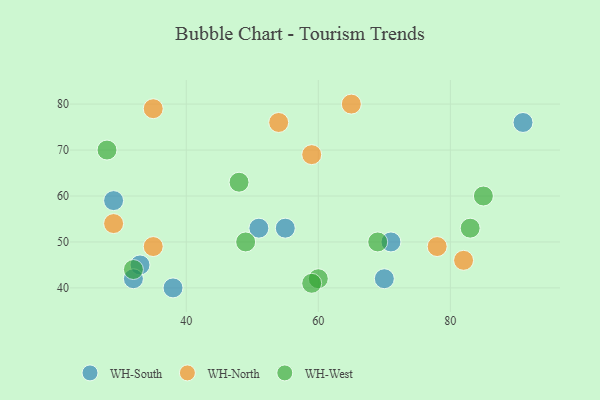
{"axis": {"x": "GDP", "y": "Life Expectancy"}, "legend": ["WH-North", "WH-South", "WH-West"], "data": [{"x": "29", "y": 59, "type": "WH-South"}, {"x": "55", "y": 53, "type": "WH-South"}, {"x": "71", "y": 50, "type": "WH-South"}, {"x": "91", "y": 76, "type": "WH-South"}, {"x": "70", "y": 42, "type": "WH-South"}, {"x": "33", "y": 45, "type": "WH-South"}, {"x": "51", "y": 53, "type": "WH-South"}, {"x": "32", "y": 42, "type": "WH-South"}, {"x": "38", "y": 40, "type": "WH-South"}, {"x": "35", "y": 79, "type": "WH-North"}, {"x": "59", "y": 69, "type": "WH-North"}, {"x": "29", "y": 54, "type": "WH-North"}, {"x": "35", "y": 49, "type": "WH-North"}, {"x": "82", "y": 46, "type": "WH-North"}, {"x": "78", "y": 49, "type": "WH-North"}, {"x": "65", "y": 80, "type": "WH-North"}, {"x": "54", "y": 76, "type": "WH-North"}, {"x": "28", "y": 70, "type": "WH-West"}, {"x": "60", "y": 42, "type": "WH-West"}, {"x": "48", "y": 63, "type": "WH-West"}, {"x": "85", "y": 60, "type": "WH-West"}, {"x": "83", "y": 53, "type": "WH-West"}, {"x": "69", "y": 50, "type": "WH-West"}, {"x": "32", "y": 44, "type": "WH-West"}, {"x": "59", "y": 41, "type": "WH-West"}, {"x": "49", "y": 50, "type": "WH-West"}]}